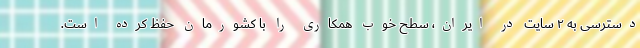
دسترسی به ۲ سایت در ایران، سطح خوب همکاری را با کشورمان حفظ کرده است.